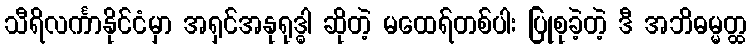
သီရိလင်္ကာနိုင်ငံမှာ အရှင်အနုရုဒ္ဓါ ဆိုတဲ့ မထေရ်တစ်ပါး ပြုစုခဲ့တဲ့ ဒီ အဘိဓမ္မတ္ထ